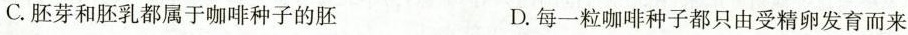
C.胚芽和胚乳都属于咖啡种子的胚 D.每一粒咖啡种子都只由受精卵发育而来